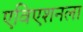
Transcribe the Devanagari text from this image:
एविएशनला